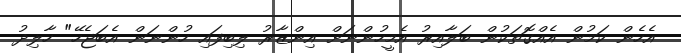
އެހެން ކަމުން އެއްގޮތަކުން ބަލާއިރު އެމީހުންނަށް އިންޒާރު ލިބިފައި ހުންނަން އެބަޖެހޭ" ހާލިދު